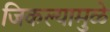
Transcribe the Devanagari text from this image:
जिकल्यामुळे